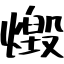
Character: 燬